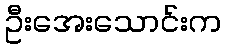
ဦးအေးသောင်းက